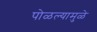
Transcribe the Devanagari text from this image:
पोळल्यामुळे